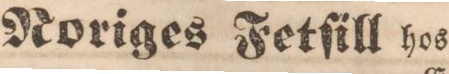
Noriges Fetſill hos